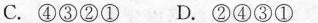
C. ④③②① D. ②④③①